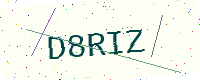
Text: D8RIZ